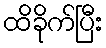
ထိခိုက်ပြီး